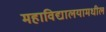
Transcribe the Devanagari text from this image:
महाविद्यालयामधील